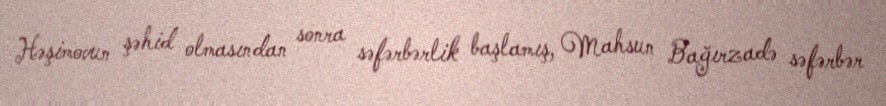
Həşimovun şəhid olmasından sonra səfərbərlik başlamış, Mahsun Bağırzadə səfərbər